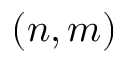
( n , m )